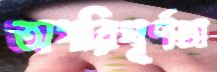
অপরিপূর্ণতা